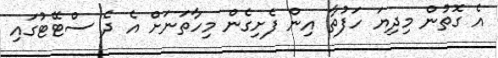
އެ ގޮތުން މިދިޔަ ހަފުތާ އިން ފެށިގެން މިހާތަނަށް އެ ދެ ސްޓޭޓުގައި